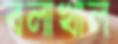
বলাখাল